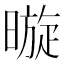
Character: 暶